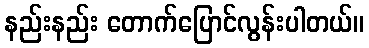
နည်းနည်း တောက်ပြောင်လွန်းပါတယ်။